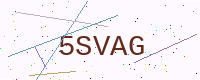
Text: 5SVAG